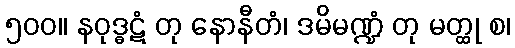
၅၀၀။ နဝုဒ္ဓဋံ တု နောနီတံ၊ ဒမိမဏ္ဍံ တု မတ္ထု စ၊